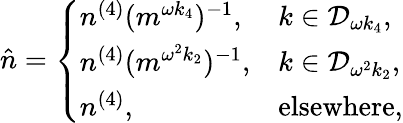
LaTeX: \begin{array}{r}{\hat{n}=\left\{ \begin{array}{ll}{n^{(4)}(m^{\omega k_{4}})^{-1},}&{k\in\mathcal{D}_{\omega k_{4}},}\\ {n^{(4)}(m^{\omega^{2}k_{2}})^{-1},}&{k\in\mathcal{D}_{\omega^{2}k_{2}},}\\ {n^{(4)},}&{\mathrm{elsewhere},}\end{array}\right.}\end{array}